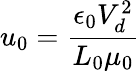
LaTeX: u_{0}=\frac{\epsilon_{0}V_{d}^{2}}{L_{0}\mu_{0}}